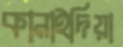
কানাইদিয়া